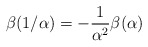
\begin{align*}\beta(1/\alpha) = - \frac{1}{\alpha^2} \beta(\alpha)\end{align*}